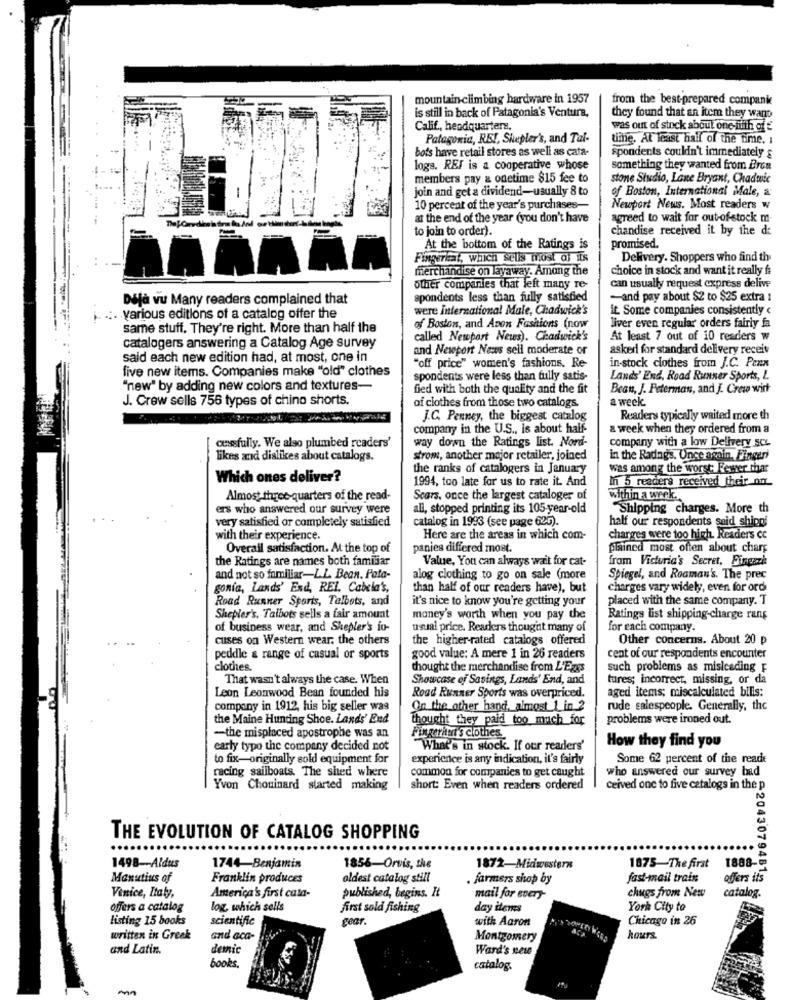
mountain climbing hardware in 1957
from the best-prepared companie
is still in back of Patagonia's Ventura,
they found that an item they want
Calif, headquarters,
was out of stock about one filth of
Patagonia, REI, Shepler's, and Tul-
time, At least half of the time. i
bots have retail stores as well as cata-
spondents couldn't immediately &
logs. REF is a cooperative whose
something they wanted from Bron
members pay & onetime $15 fee to
stone Siudio, Lane Bryant, Chadwic
join and get a dividend-usually 8 to
of Boston, International Male, a
10 percent of the year's purchases-
Newport News. Most readers w
at the end of the year (you don't have
agreed to wait for out-of-stock m
to join to order).
chandise received it by the de
At the bottom of the Ratings is
promised.
Fingerkat, which sells most of its
Delivery. Shoppers who find the
merchandise on layaway. Among the
choice in stock and want it really fi
can usually request express delive
other companies that left many re-
Déjà vu Many readers complained that
spondents less than fully satisfied
-and pay about $2 to $25 extra !
were international Male, Chadwick's
it. Some companies consistently c
.:. various editions of a catalog offer the
same stuff. They're right. More than half the
of Boston, and Anon Fashions (now
liver even regular orders fairly fa
called Newport News). Chadwick's
At least 7 out of 10 readers w
catalogers answering a Catalog Age survey
and Newport News sell moderate or
asked for standard delivery receiv
said each new edition had, at most, one in
five new items. Companies make "old" clothes
"off price" women's fashions. Re-
in-stock clothes from J.C. Penn
spondents were less than fully satis-
Lands' End, Road Runner Sports, L
"new" by adding new colors and textures-
fied with both the quality and the fit
Beau, J. Petermas, and J. Crew wirt
J. Crew sells 756 types of china shorts.
a week.
of clothes from those two catalogs.
J.C. Penney, the biggest catalog
Readers typically waited more th
company in the U.S ., is about half-
a week when they ordered from a
way down the Ratings list. Nord-
company with a low Delivery scs.
cessfully. We also plumbed readers'
likes and dislikes about catalogs.
strom, another major retailer, joined
in the Radngs. Once again. Fingeri
the ranks of catalogers in January
was among the worst: Fewer thar
Which ones deliver?
1994, too late for us to rate it. And
In 5 readers received their on
Almost three-quarters of the read-
Scars, once the largest cataloger of
within a week.
ers who answered our survey were
all, stopped printing its 105-year-old
Shipping charges. More th
very satisfied or completely satisfied
catalog in 1993 (see page 625).
half our respondents said shipoi
with their experience.
Here are the areas in which com-
charges were too high. Readers cc
Overall satisfaction. At the top of
panies differed moet.
plained most often about chars
the Ratings are names both familiar
Value, You can always wait for cat-
fram Victoria's Secret, Fingazh
and not so familiar-L.L. Bean. Pata-
alog clothing to go on sale (more
Spiegel, and Roaman's. The prec
gonia, Lands' End, REI. Cabela's,
than half of our readers have), but
charges vary widely, even for ord
Road Runner Sporis, Talbots, and
it's nice to know you're getting your
placed with the same company. T
Shepler's. Talbots sells a fair amount
money's worth when you pay the
Ratings list shipping-charge rang
of business wear, and Shepler's io-
usual price. Readers thought many of
for each company.
cuses on Western wear, the others
the higher-rated catalogs offered
Other concerns. About 20 p
peddle & range of casual or sports
good value: A mere 1 in 26 readers
cent of our respondents encounter
clothes
thought the merchandise from L'Eggs
such problems as misleading F
That wasn't always the case. When
Showcase of Savings, Lands' End, and
tures; incorrect, missing, or da
aged items; miscalculated bilis:
Leon Leonwood Bean founded his
Road Runner Sports was overpriced.
company in 1912, his big seller was
On the other hand, almost_1_in_2
rude salespeople. Generally, the
the Maine Hunting Shoe. Lands' End
thought they paid too much for
problems were ironed out.
-the misplaced apostrophe was an
Fingeritut's clothes.
early typo the company decided not
What's in stock. If our readers'
How they find you
to fix-originally sold equipment for
experience is any indication, it's fairly
Some 62 percent of the reade
racing sailboats. The shed where
common for companies to get caught
who answered our survey had
Yvon Chouinard started making
short: Even when readers ordered
ceived one to five catalogs in the p
THE EVOLUTION OF CATALOG SHOPPING
1498-Aldus
1744-Benjamin
1856-Orvis, the
1872-Midwestern
1875-The first 1888-
2043079481
Manutius of
Franklin produces
oldest catalog still
farmers shop by
fast-mail train
offers its
America's first cata-
published, begins. It
chugs from New
catalog.
Vinice, Italy,
mail for every-
offers a catalog
log, which sells
first sold fishing
day itemes
York City to
listing 15 books
scientific
Tear
with Aaron
Chicago in 26
written in Greek
and aca-
Montgomery
hours.
and Latin.
demic
Ward's net
books.
catalog.